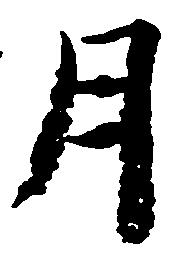
月